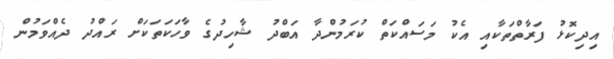
އިދިކޮޅު ފަރާތްތަކާއި އެކު މަސައްކަތް ކުރަމުންދާ އަބްދު ޝާހިދުގެ ވާހަކަތަކަށް ރައްދު ދެއްވަމުން